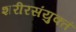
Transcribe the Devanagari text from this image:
शरीरसंयुक्तं